Civil Veterinary Dept. North-West Frontier Province 1901-22 - 1901-1922
Year: 1901
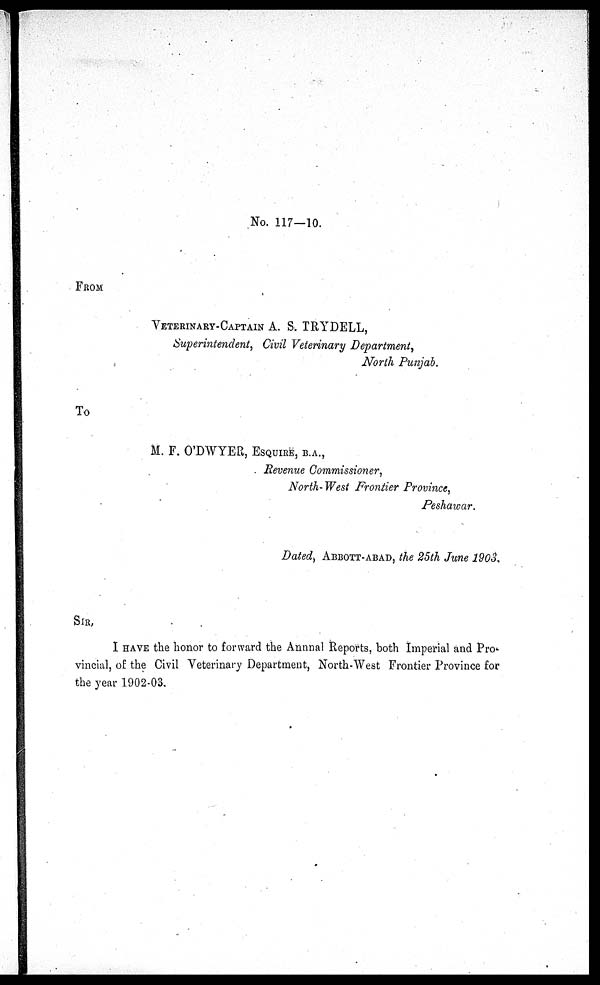
No. 117—10.
FROM
VETERINARY-CAPTAIN A. S. TRYDELL,
Superintendent, Civil Veterinary Department,
North Punjab.
To
M. F. O'DWYER, ESQUIRE, B.A.,
Revenue Commissioner,
North-West Frontier Province,
Peshawar.
Dated, ABBOTT-ABAD, the 25th June 1903.
SIR,
I HAVE the honor to forward the Annual Reports, both Imperial and Pro-
vincial, of the Civil Veterinary Department, North-West Frontier Province for
the year 1902-03.